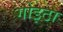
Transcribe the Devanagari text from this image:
गोइठा